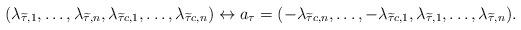
LaTeX: \begin{align*} (\lambda_{\widetilde{\tau}, 1}, \dots, \lambda_{\widetilde{\tau}, n}, \lambda_{\widetilde{\tau} c, 1}, \dots, \lambda_{\widetilde{\tau} c, n}) \leftrightarrow a_\tau = (-\lambda_{\widetilde{\tau}c, n}, \dots, -\lambda_{\widetilde{\tau}c, 1}, \lambda_{\widetilde{\tau}, 1}, \dots, \lambda_{\widetilde{\tau}, n}). \end{align*}